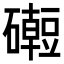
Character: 𥗅